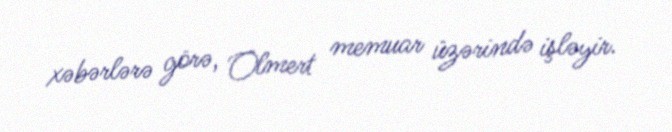
xəbərlərə görə, Olmert memuar üzərində işləyir.